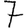
Digit: 7